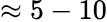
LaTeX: \approx 5-10